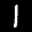
Label: 1